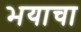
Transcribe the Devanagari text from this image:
भयाचा